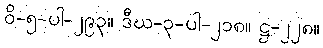
ဝိ-၅-ပါ-၂၉၃။ ဒီဃ-၃-ပါ-၂၁၈။ ဋ္ဌ-၂၂၈။